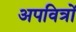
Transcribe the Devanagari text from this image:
अपवित्रों